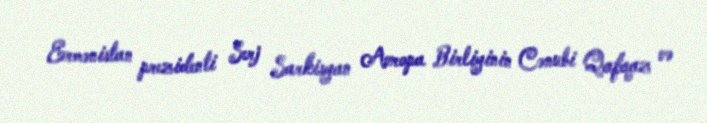
Ermənistan prezidenti Serj Sarkisyan Avropa Birliyinin Cənubi Qafqaz və